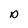
Character: D